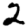
Digit: 2